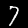
Label: 7